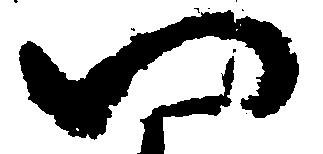
一